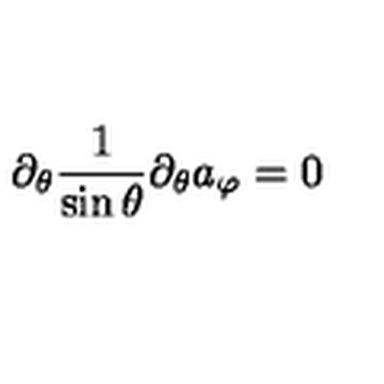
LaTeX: \partial _ { \theta } \frac { 1 } { \sin \theta } \partial _ { \theta } a _ { \varphi } = 0